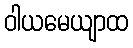
ဝါယမေယျာထ